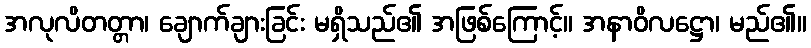
အလုလိတတ္တာ၊ ချောက်ချားခြင်း မရှိသည်၏ အဖြစ်ကြောင့်။ အနာဝိလဋ္ဌော၊ မည်၏။